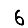
Digit: 6